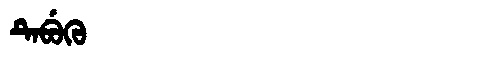
Manchu: ᡨᡝᠪᡠᡴᡠ
Romanization: TEBUKU